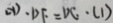
( 1 ) \cdot D F = D C \cdot ( 1 )